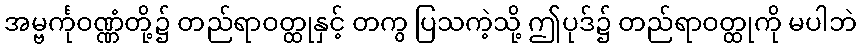
အမ္ဗင်္ကုဝဏ္ဏံတို့၌ တည်ရာဝတ္ထုနှင့် တကွ ပြသကဲ့သို့ ဤပုဒ်၌ တည်ရာဝတ္ထုကို မပါဘဲ